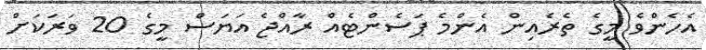
އެހެންވެ މީގެ ތެރެއިން އެންމެ ޕަސެންޓެއް ރާއްޖެ އަޔަސް މީގެ 20 ވަރަކަށް